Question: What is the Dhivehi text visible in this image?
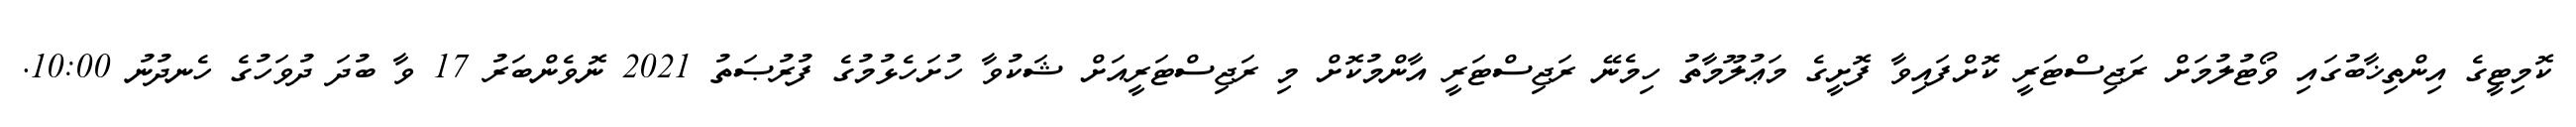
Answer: ކޮމިޓީގެ އިންތިޚާބުގައި ވޯޓުލުމަށް ރަޖިސްޓަރީ ކޮށްފައިވާ ފޮށީގެ މަޢުލޫމާތު ހިމެނޭ ރަޖިސްޓަރީ އާންމުކޮށް މި ރަޖިސްޓަރީއަށް ޝަކުވާ ހުށަހެޅުމުގެ ފުރުޞަތު 2021 ނޮވެންބަރު 17 ވާ ބުދަ ދުވަހުގެ ހެނދުނު 10:00.